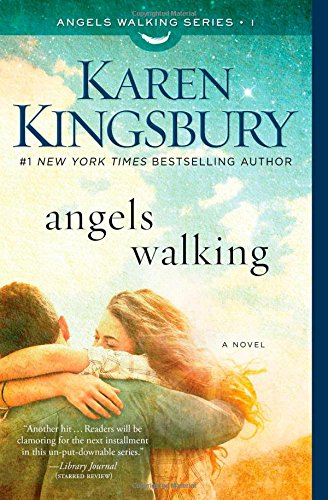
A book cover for Angels Walking: A Novel; Karen Kingsbury; Romance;